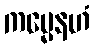
ကမ္မေနဟံ